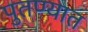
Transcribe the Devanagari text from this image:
पुतण्यात